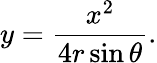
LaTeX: y={\frac{x^{2}}{4r\sin\theta}}.